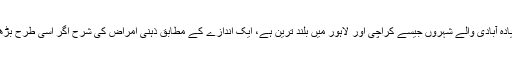
پاکستان کے مختلف شہروں میں ڈپریشن کے مریضوں کی شرح 22 سے 60 فیصد تک نوٹ کی گئی ہے جو زیادہ آبادی والے شہروں جیسے کراچی اور لاہور میں بلند ترین ہے، ایک اندازے کے مطابق ذہنی امراض کی شرح اگر اسی طرح بڑھتی رہی تو 2050 تک پاکستان ذہنی مسائل و بیماریوں کے حوالے سے عالمی ریکنگ میں چھٹے نمبر پر ہوگا۔